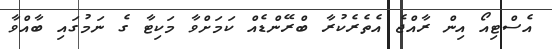
އެސްޓިއޯ އިން ރާއްޖެ އެތެރެކުރާ ބްރޭންޑެއް ކަމަށްވާ މަކިޓާ ގެ ނަމުގައި ބާއްވާ